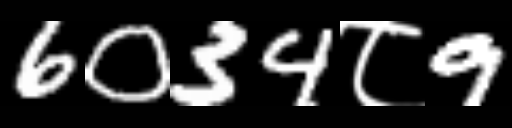
Text: 6034८9